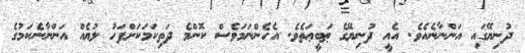
ދުނިޔޭގައި އަންނާނެއެވެ. އެއީ ދުނިޔޭގެ ޠަބީޢަތެވެ. އެހެންނަމަވެސް ކޮންމެ ދަތިކަމަކަށްފަހު ލުޔެއް އަންނާނެކަމުގެ